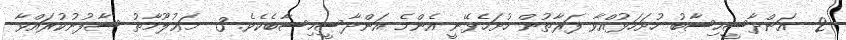
2- އަންދާސީހިސާބު ހުށަހަޅުއްވާ ފަރާތުން ހުށަހެޅޭނީ އެންމެ އަންދާސީހިސާބެކެވެ. 3- މަޢުލޫމާތު ސާފުނުކުރައްވާ